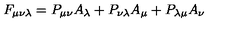
F _ { \mu \nu \lambda } = P _ { \mu \nu } A _ { \lambda } + P _ { \nu \lambda } A _ { \mu } + P _ { \lambda \mu } A _ { \nu }